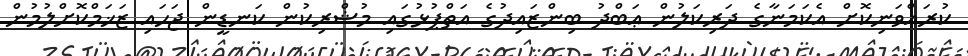
ކުރައްވަނިކޮށް އެކަމަނާގެ ދަރިކަލުން ޢަބްދު ބިންޒައިދުގެ އަތްޕުޅުގައި މުޝްރިކުން ކަނޑީން ޖަހައި ޒަޚަމްކޮށްލުމުން